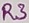
Text: R3